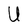
Character: U